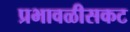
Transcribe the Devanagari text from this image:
प्रभावळीसकट